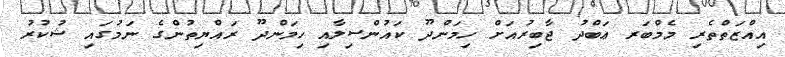
އިއްޒަތްތެރި މެމްބަރ ޢަބްދު ޖާބިރުއަށް ހިމަންދޫ ކައުންސިލާއި ހިމަންދޫ ރައްޔިތުންގެ ނަމުގައި ޝުކުރު